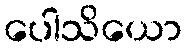
ပေါသိယော